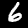
Label: 6